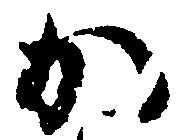
か